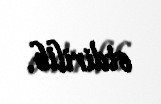
etdirilib.